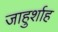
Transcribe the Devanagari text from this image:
जाहुर्शाह